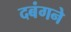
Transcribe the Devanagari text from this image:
दबंगने